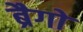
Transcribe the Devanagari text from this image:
ब्रैगो